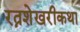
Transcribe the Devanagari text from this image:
रत्नशेखरीकथा